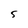
Character: 5